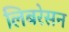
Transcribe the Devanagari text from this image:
लिबरेसन